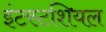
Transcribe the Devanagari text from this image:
इंटस्टशियल